system: You are a helpful assistant.
user:
Analyze the provided spectrum to determine if it is a **S-type Star**.

- **Key Indicators for S-type Star:**

    - **(Overall Spectrum Shape):** The first and most obvious characteristic is the overall continuum (the "baseline" shape). It is **extremely "red-sloping,"** meaning the flux (light intensity) is very low on the left side (blue, ~4000-4500 Å) and rises steeply and continuously toward the right side (red, ~7000 Å+).

    - **(Primary):** The spectrum is defined by the presence of strong, broad molecular absorption "valleys" (bands) from **Zirconium Oxide (ZrO)**. The identification of these bands is the **primary requirement** for classifying a star as S-type.
        - **(Key Bandheads):** You must find distinct, deep "dips" where the light has been absorbed. The most critical band systems to locate are:
            - **~6474 Å** ($\gamma$-system): This is often the strongest and clearest ZrO feature, found in the red part of the spectrum.
            - **~5718 Å** & **~5551 Å** ($\beta$-system): A pair of prominent absorption features in the yellow-orange part of the spectrum.
            - **~4640 Å** ($\alpha$-system): A key absorption band system in the blue-green region of the spectrum.

    - **(Secondary Confirmation):** The classification is strengthened by finding additional absorption bands from other related heavy element oxides, which are expected to be present alongside ZrO.
        - **(Key Bandheads):**
            - **Yttrium Oxide (YO):** Look for absorption dips near **~4800 Å** and **~6100 Å**.
            - **Lanthanum Oxide (LaO):** Additional absorption features, particularly in the red-orange part of the spectrum, are also characteristic.

    - **(Line Profile):** The combination of the steep red continuum and these numerous, deep molecular bands (ZrO, YO, etc.) gives the entire spectrum a very **"chopped-up"** or **"bumpy"** appearance. Instead of a smooth curve, the spectrum looks as though large, wide chunks of light have been "carved out" of it at the specific wavelengths listed above.

Think first, call **spectral_visualization_tool** if needed to examine features in detail, then provide your final answer. Your response must adhere to the following strict rules:
1.  **Overall Structure:** Your response must follow the format `<think>...</think> <tool_call>...</tool_call> (if a tool is used) <answer>...</answer>`.
2.  **Tool Usage Constraint:** You may only make **one** tool call per turn.
3.  **Final Answer Format:** In the `<answer>` tag, your conclusion must be inside a `\boxed{}` command (e.g., `\boxed{YES}` or `\boxed{NO}`), followed by your justification.

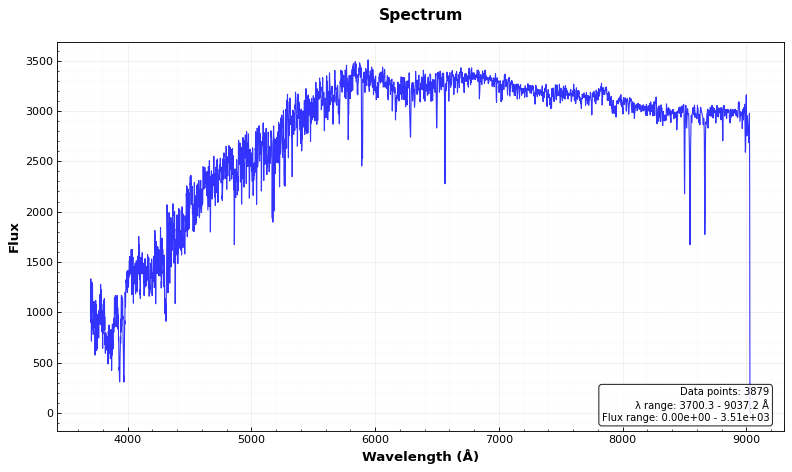
Answer: NO